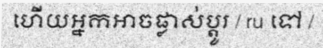
ហើយអ្នកអាចផ្លាស់ប្តូរ / ru ទៅ /